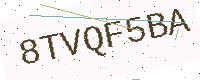
Text: 8TVQF5BA